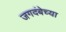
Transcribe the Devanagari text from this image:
जगदंबेच्या